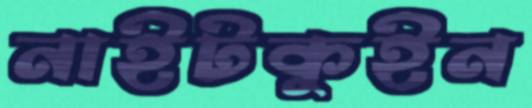
নাইটকুইন